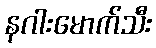
နဂါးမောက်သီး